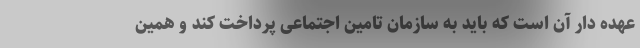
عهده دار آن است که باید به سازمان تامین اجتماعی پرداخت کند و همین